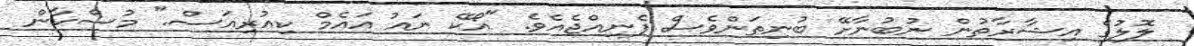
ލޮލުގެ އިޝާރާތުން ނުބުނާށޭ ބުނިތަންވެސް ފެނިއްޖެއެވެ. "އޯކޭ ނައު އައެމް ކިއުރިއަސް." މުސްކާން